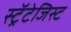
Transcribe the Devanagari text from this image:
स्ट्रॅटेजिस्ट